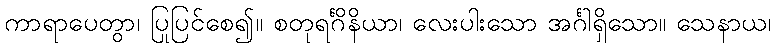
ကာရာပေတွာ၊ ပြုပြင်စေ၍။ စတုရင်္ဂိနိယာ၊ လေးပါးသော အင်္ဂါရှိသော။ သေနာယ၊